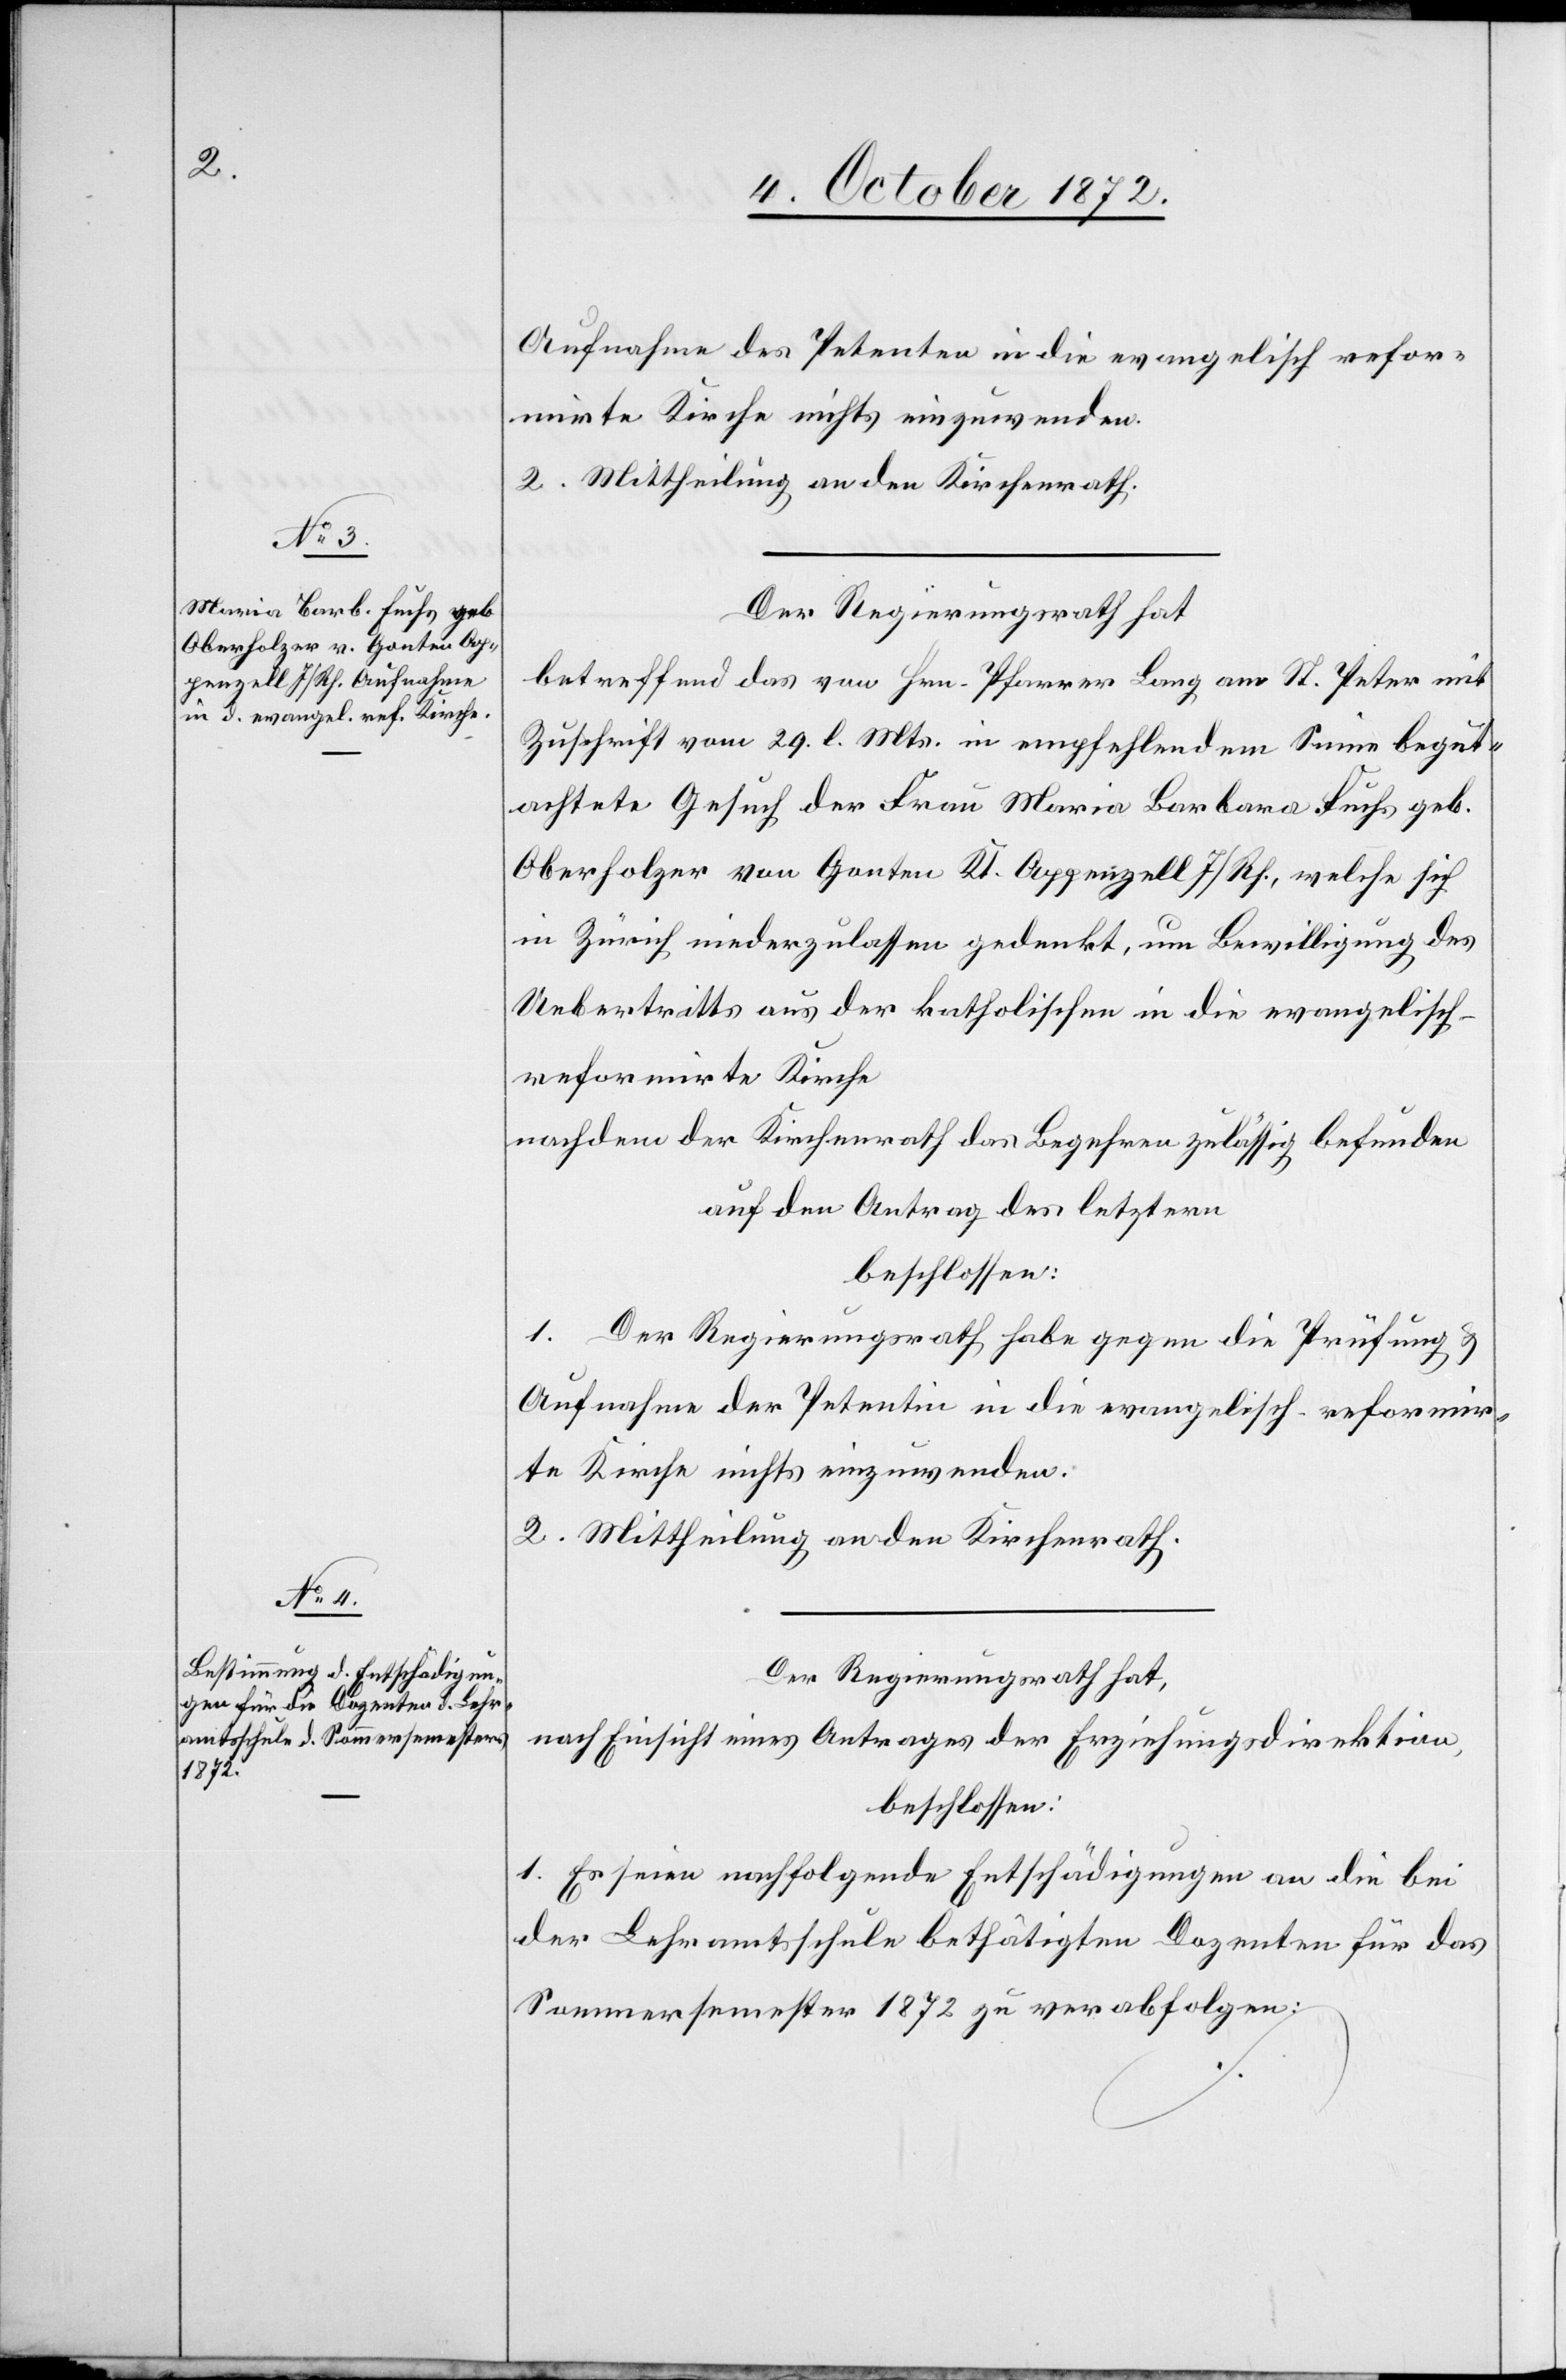
Aufnahme des Petenten in die evangelisch refor¬
mirte Kirche nichts einzuwenden.
2. Mittheilung an den Kirchenrath.
Der Regierungsrath hat
betreffend das von Hrn. Pfarrer Lang am St. Peter mit
Zuschrift vom 29. l. Mts. in empfehlendem Sinne begut¬
achtete Gesuch der Frau Maria Barbara Fuchs geb.
Oberholzer von Gonten Kt. Appenzell I/Rh., welche sich
in Zürich niederzulassen gedenkt, um Bewilligung des
Uebertritts aus der katholischen in die evangelisch-r¬
eformirte Kirche
nachdem der Kirchenrath das Begehren als zulässig befunden
auf den Antrag des letztern
beschlossen:
1. Der Regierungsrath habe gegen die Prüfung u.
Aufnahme der Petentin in die evangelisch-reformir¬
te Kirche nichts einzuwenden.
2. Mittheilung an den Kirchenrath.
Der Regierungsrath hat,
nach Einsicht eines Antrages der Erziehungsdirektion,
beschlossen:
1. Es seien nachfolgende Entschädigungen an die bei
der Lehramtsschule bethätigten Dozenten für das
Sommersemester 1872 zu verabfolgen: